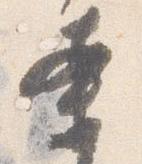
案